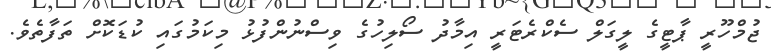
ޖުމްހޫރީ ޕާޓީގެ ލީގަލް ސެކްރެޓަރީ އިމާދު ސޯލިހުގެ ވިސްނުންފުޅު މިކަމުގައި ކުޑަކޮށް ތަފާތެވެ.